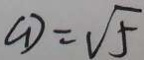
C D = \sqrt { 5 }